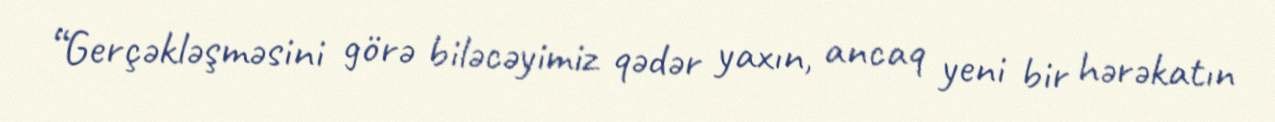
“Gerçəkləşməsini görə biləcəyimiz qədər yaxın, ancaq yeni bir hərəkatın